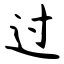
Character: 过